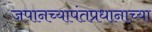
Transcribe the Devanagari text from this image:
जपानच्यापंतप्रधानाच्या